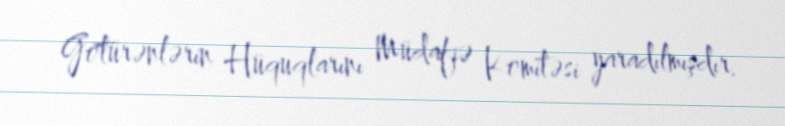
Götürənlərin Hüquqlarını Müdafiə Komitəsi yaradılmışdır.